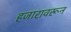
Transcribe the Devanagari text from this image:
हजारावरून